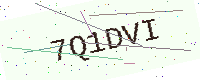
Text: 7Q1DVI